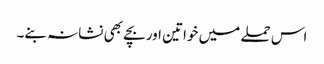
اس حملے میں خواتین اور بچے بھی نشانہ بنے۔